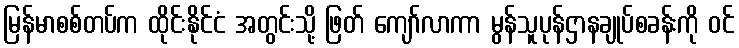
မြန်မာစစ်တပ်က ထိုင်းနိုင်ငံ အတွင်းသို့ ဖြတ် ကျော်လာကာ မွန်သူပုန်ဌာနချုပ်စခန်းကို ဝင်